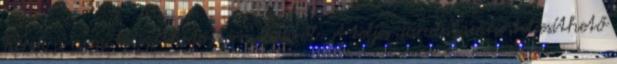
kérek a nem teljesíthető termékekről. A teljes darabszámra teljesíthető